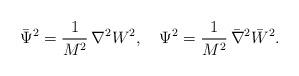
LaTeX: \begin{align*}{\bar \Psi}^2 = \frac{1}{M^2} \,\nabla^2 {W^2}, \quad \Psi^2 =\frac{1}{M^2} \,{\bar \nabla}^2 {\bar W}^2.\end{align*}